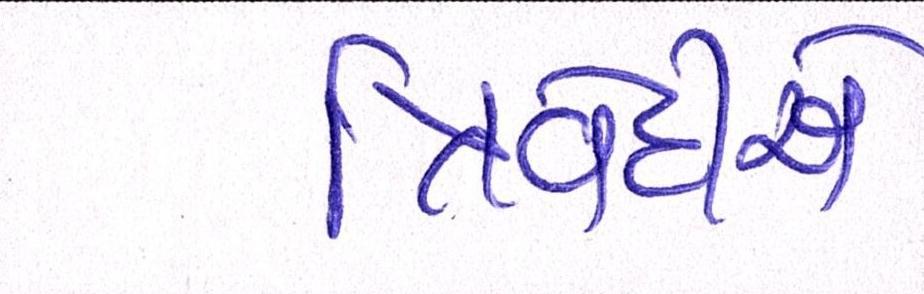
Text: ત્રિવેદીએ